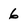
Character: 6